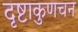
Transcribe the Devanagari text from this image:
दृष्टाकुणचन